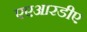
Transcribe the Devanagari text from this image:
एएआरडीए